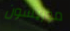
موريسون